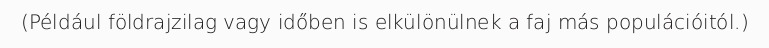
(Például földrajzilag vagy időben is elkülönülnek a faj más populációitól.)